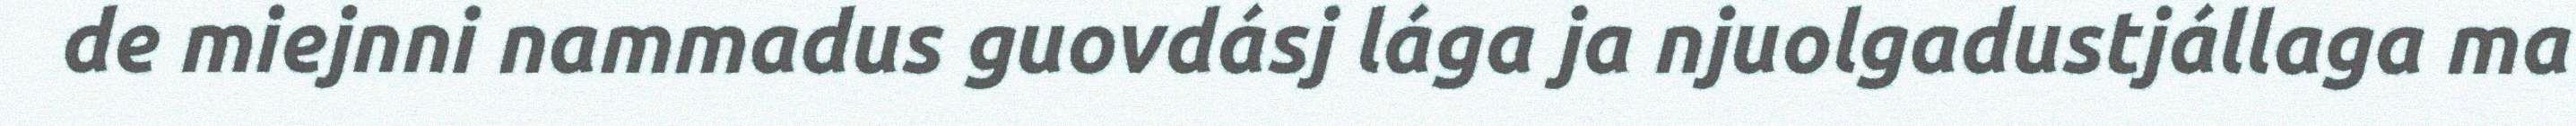
de miejnni nammadus guovdásj lága ja njuolgadustjállaga ma